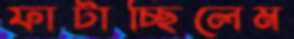
ফাটাচ্ছিলেম